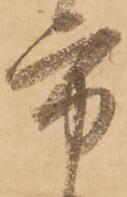
方